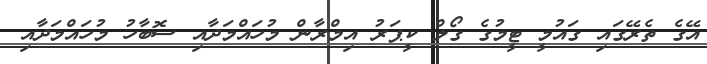
އޭގެ ތެރޭގައި ގައުމީ ޓީމުގެ ގޯލް ކީޕަރު އިމްރާން މުހައްމަދާއި ސޮބާހު މުހައްމަދާއި